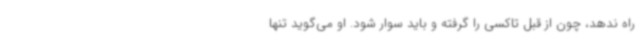
راه ندهد، چون از قبل تاکسی را گرفته و باید سوار شود. او می‌گوید تنها